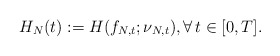
\begin{align*} H_{N} (t) := H (f_{N,t}; \nu_{N,t}), \forall\,t\in[0,T].\end{align*}